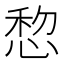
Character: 㥎